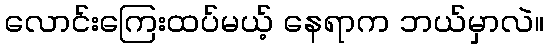
လောင်းကြေးထပ်မယ့် နေရာက ဘယ်မှာလဲ။